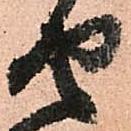
せ